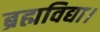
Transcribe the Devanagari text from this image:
ब्रह्मविद्या।